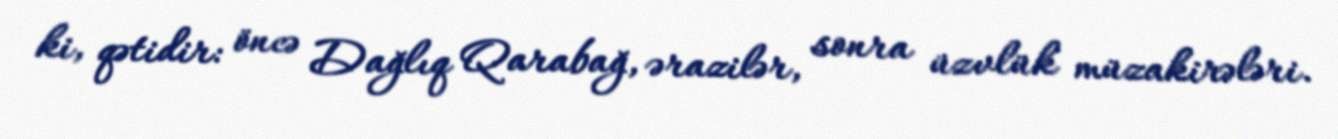
ki, qətidir: öncə Dağlıq Qarabağ, ərazilər, sonra üzvlük müzakirələri.